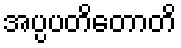
အပ္ပပတိတောတိ